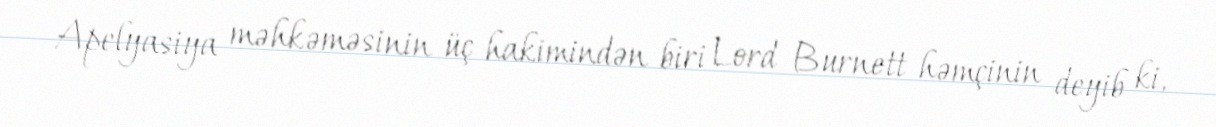
Apelyasiya məhkəməsinin üç hakimindən biri Lord Burnett həmçinin deyib ki,